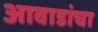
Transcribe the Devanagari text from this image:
आवाडांचा